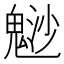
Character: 𩳑